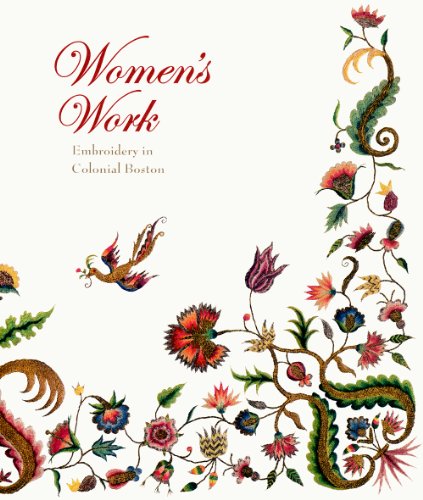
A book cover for Women's Work: Embroidery in Colonial Boston; Pamela Parmal; Crafts, Hobbies & Home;